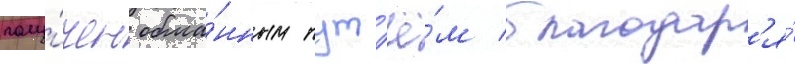
полу́чен обма́нным пут'ё́м благодар'я́